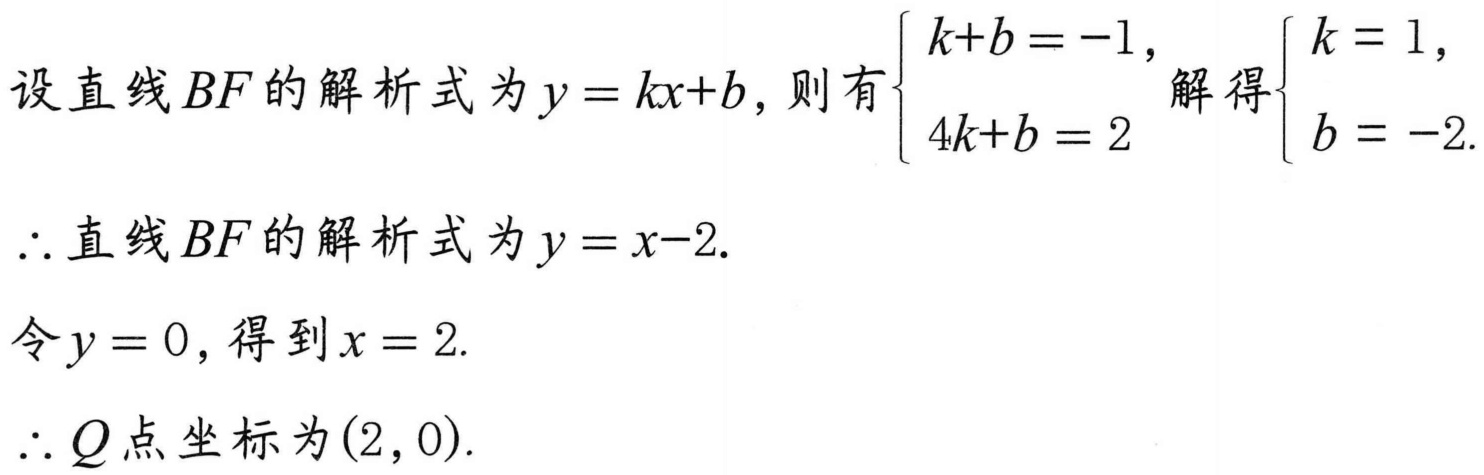
设直线\(BF\)的解析式为\(y = kx + b\)，则有\(\begin{cases}k + b = -1,\\4k + b = 2\end{cases}\)解得\(\begin{cases}k = 1,\\b = -2.\end{cases}\)
\(\therefore\)直线\(BF\)的解析式为\(y = x - 2\).
令\(y = 0\)，得到\(x = 2\).
\(\therefore Q\)点坐标为\((2,0)\).